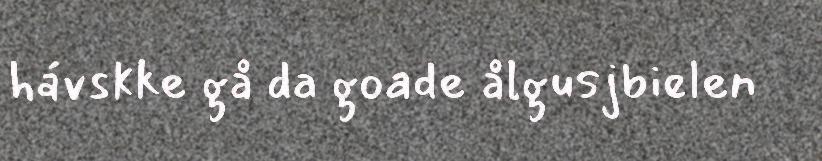
hávskke gå da goade ålgusjbielen